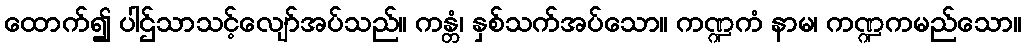
ထောက်၍ ပါဌ်သာသင့်လျော်အပ်သည်။ ကန္တံ၊ နှစ်သက်အပ်သော။ ကဏ္ဍကံ နာမ၊ ကဏ္ဍကမည်သော။